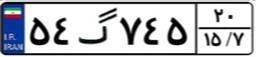
۹۵گ۲۹۸۷۴